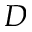
D